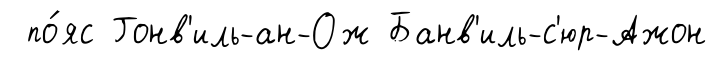
по́яс Гонв'иль-ан-Ож Банв'иль-с'юр-Ажон